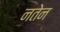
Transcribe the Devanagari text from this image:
नतेन